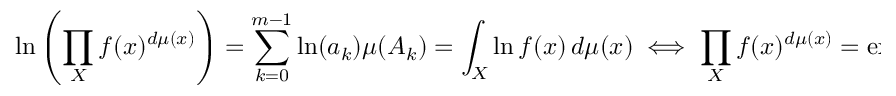
\ln \left( \prod _ { X } f ( x ) ^ { d \mu ( x ) } \right) = \sum _ { k = 0 } ^ { m - 1 } \ln ( a _ { k } ) \mu ( A _ { k } ) = \int _ { X } \ln f ( x ) \, d \mu ( x ) \iff \prod _ { X } f ( x ) ^ { d \mu ( x ) } = \exp \left( \int _ { X } \ln f ( x ) \, d \mu ( x ) \right) ,